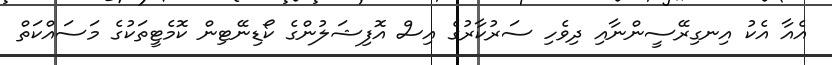
އެއާ އެކު އިނގިރޭސީންނާއި ދިވެހި ސަރުކާރުގެ އިސް އޮފިޝަލުންގެ ކޯޑިނޭޓިން ކޮމެޓީތަކުގެ މަސައްކަތް